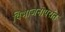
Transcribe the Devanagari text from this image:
विभाजनोपरांत